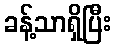
ခန့်သာရှိပြီး